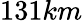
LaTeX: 131km